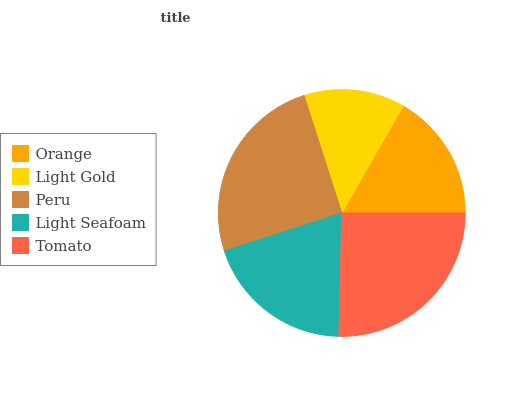
| Orange | Light Gold | Peru | Light Seafoam | Tomato |
 | --- | --- | --- | --- | --- |
 | 16.7% | 13.2% | 25% | 19.7% | 25.3% |